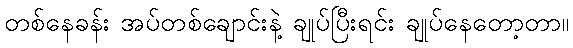
တစ်နေခန်း အပ်တစ်ချောင်းနဲ့ ချုပ်ပြီးရင်း ချုပ်နေတော့တာ။